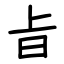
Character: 㫖